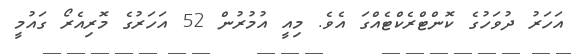
އަހަރު ދުވަހުގެ ކޮންޓްރެކްޓެއްގަ އެވެ. މިއީ އުމުރުން 52 އަހަރުގެ މޮރިއެރޯ ގައުމީ